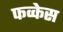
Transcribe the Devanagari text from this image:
फव्केस